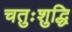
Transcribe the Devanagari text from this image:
चतुःशुद्धि